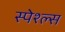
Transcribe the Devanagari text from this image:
स्पेश्ल्स